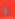
و